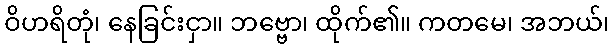
ဝိဟရိတုံ၊ နေခြင်းငှာ။ ဘဗ္ဗော၊ ထိုက်၏။ ကတမေ၊ အဘယ်၊